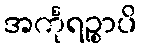
အင်္ကုရဉ္စာပိ